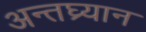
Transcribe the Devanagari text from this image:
अन्तघ्र्यान